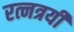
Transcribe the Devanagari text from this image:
रत्नत्रयी